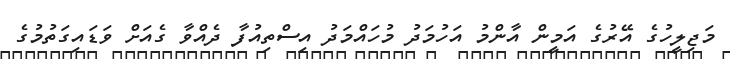
މަޖިލީހުގެ އޭރުގެ އަމީން އާންމު އަހުމަދު މުހައްމަދު އިސްތިއުފާ ދެއްވާ ގެއަށް ވަޑައިގަތުމުގެ